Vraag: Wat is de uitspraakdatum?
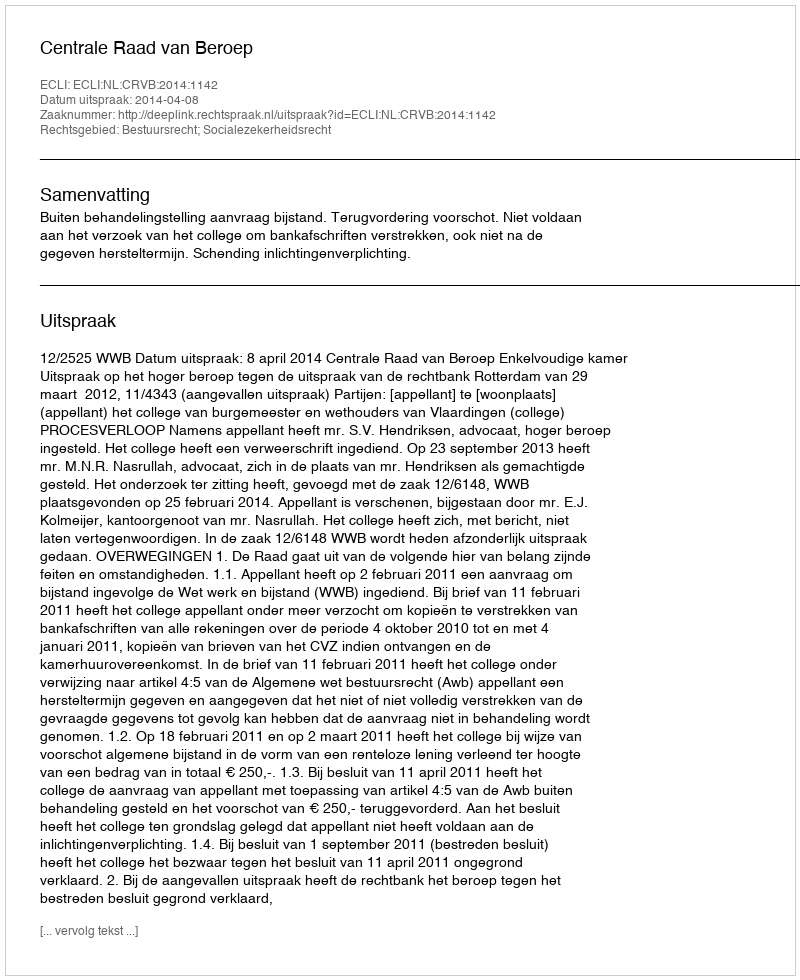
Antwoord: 2014-04-08